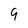
Character: 9